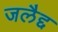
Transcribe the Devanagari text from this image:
जलैद्द